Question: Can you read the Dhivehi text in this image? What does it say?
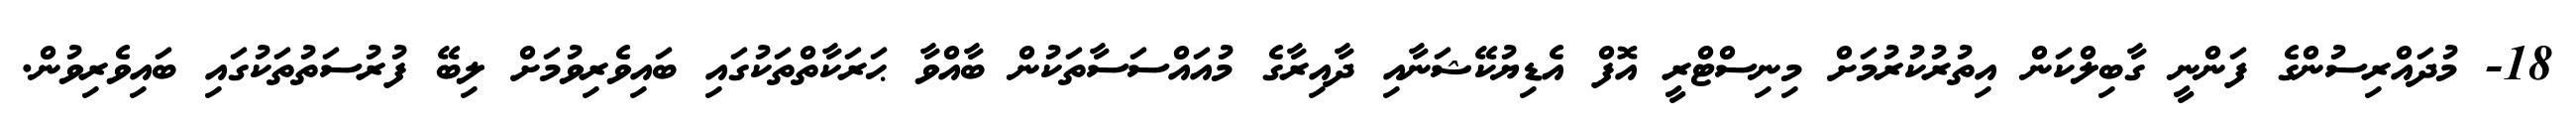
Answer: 18- މުދައްރިސުންގެ ފަންނީ ގާބިލްކަން އިތުރުކުރުމަށް މިނިސްޓްރީ އޮފް އެޑިޔުކޭޝަނާއި ދާއިރާގެ މުއައްސަސާތަކުން ބާއްވާ ޙަރަކާތްތަކުގައި ބައިވެރިވުމަށް ލިބޭ ފުރުސަތުތަކުގައި ބައިވެރިވުން.